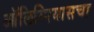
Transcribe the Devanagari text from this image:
ऑलिम्पियासचा